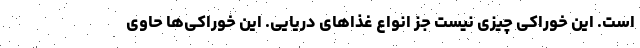
است. این خوراکی چیزی نیست جز انواع غذاهای دریایی. این خوراکی‌ها حاوی